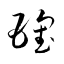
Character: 瓌